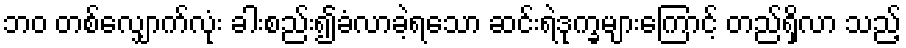
ဘဝ တစ်လျှောက်လုံး ခါးစည်း၍ခံလာခဲ့ရသော ဆင်းရဲဒုက္ခများကြောင့် တည်ရှိလာ သည့်